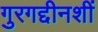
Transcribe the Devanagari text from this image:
गुरगद्दीनशीं